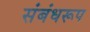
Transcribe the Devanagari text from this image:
संबंधरूप